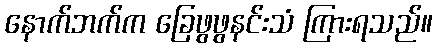
နောက်ဘက်က ခြေဖွဖွနင်းသံ ကြားရသည်။